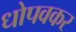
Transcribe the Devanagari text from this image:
धोपवकर